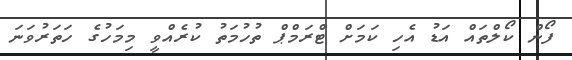
ފޯން ކޯލްތައް އަޑު އެހި ކަމަށް ޓްރަމްޕް ތުހުމަތު ކުރެއްވީ މިމަހުގެ ހަތަރުވަނަ